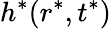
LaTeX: h^{*}(r^{*},t^{*})